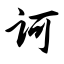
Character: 诃